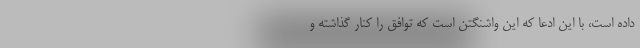
داده است، با این ادعا که این واشنگتن است که توافق را کنار گذاشته و